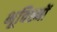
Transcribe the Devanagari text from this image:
भूचिह्नों